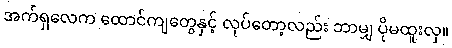
အက်ရှလေက ထောင်ကျတွေနှင့် လုပ်တော့လည်း ဘာမျှ ပိုမထူးလှ။